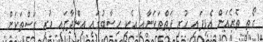
ގޯތި ތެރެއަށް އެޅިފައި ހުރި ފަތްތަކަށާއި އެކި ހިސާބުގައި އިންދާފައި ހުރި ގަސްތަކަށް